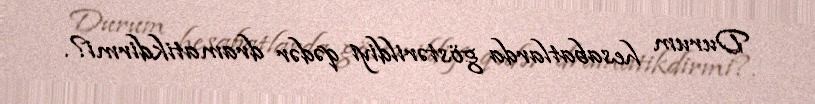
Durum hesabatlarda göstərildiyi qədər dramatikdirmi?.